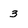
Character: 3